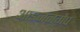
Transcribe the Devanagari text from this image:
आइजनगैप